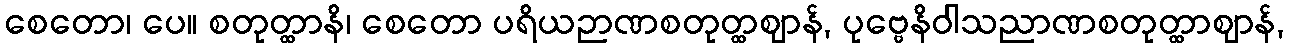
စေတော၊ ပေ။ စတုတ္ထာနိ၊ စေတော ပရိယဉာဏစတုတ္ထဈာန်, ပုဗ္ဗေနိဝါသညာဏစတုတ္ထာဈာန်,